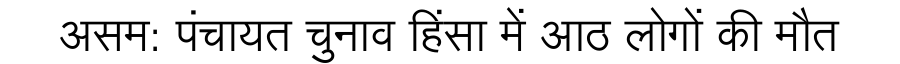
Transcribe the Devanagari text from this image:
असम: पंचायत चुनाव हिंसा में आठ लोगों की मौत